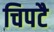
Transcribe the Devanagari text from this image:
चिपटै